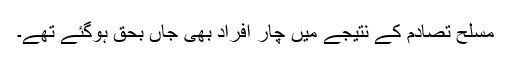
مسلح تصادم کے نتیجے میں چار افراد بھی جاں بحق ہوگئے تھے۔